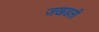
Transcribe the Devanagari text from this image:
जखडली